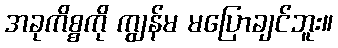
အခုကိစ္စကို ကျွန်မ မပြောချင်ဘူး။